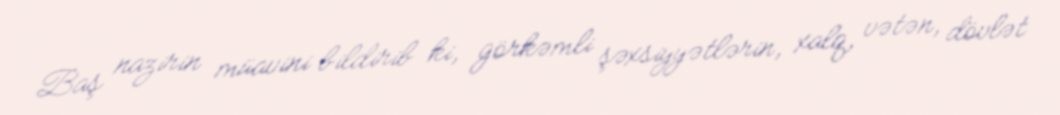
Baş nazirin müavini bildirib ki, görkəmli şəxsiyyətlərin, xalq, vətən, dövlət